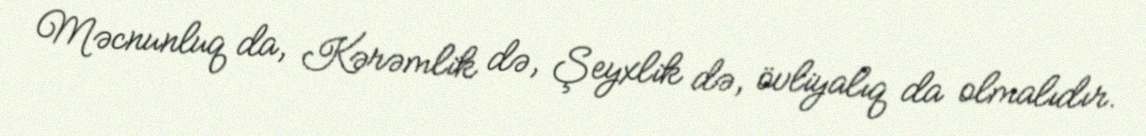
Məcnunluq da, Kərəmlik də, Şeyxlik də, övliyalıq da olmalıdır.